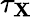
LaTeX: \tau_{\mathbf{X}}